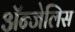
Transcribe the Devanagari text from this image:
ॲन्जेलिस